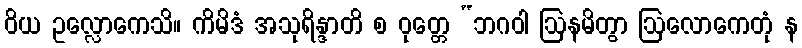
ဝိယ ဥလ္လောကေသိ။ ကိမိဒံ အသုရိန္ဒာတိ စ ဝုတ္တေ “ဘဂဝါ ဩနမိတွာ ဩလောကေတုံ န